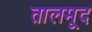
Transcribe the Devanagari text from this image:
तालमूद